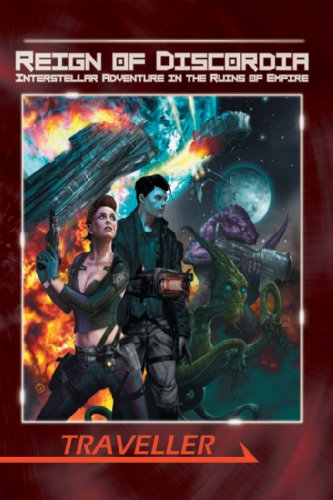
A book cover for Reign of Discordia (Traveller Sci-Fi Roleplaying); Darrin Drader; Science Fiction & Fantasy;